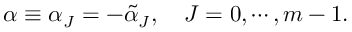
\alpha \equiv \alpha _ { J } = - \tilde { \alpha } _ { J } , \quad J = 0 , \cdots , m - 1 .